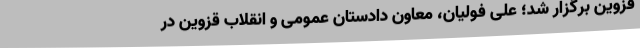
قزوین برگزار شد؛ علی فولیان، معاون دادستان عمومی و انقلاب قزوین در